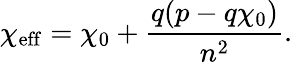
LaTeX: \chi_{\mathrm{eff}}=\chi_{0}+\frac{q(p-q\chi_{0})}{n^{2}}.